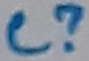
Text: C?